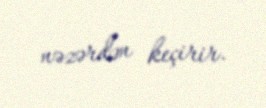
nəzərdən keçirir.